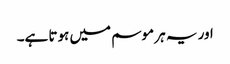
اور یہ ہر موسم میں ہوتا ہے۔